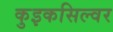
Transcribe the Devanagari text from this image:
कुइकसिल्वर